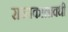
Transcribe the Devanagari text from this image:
राज्यकालावधी